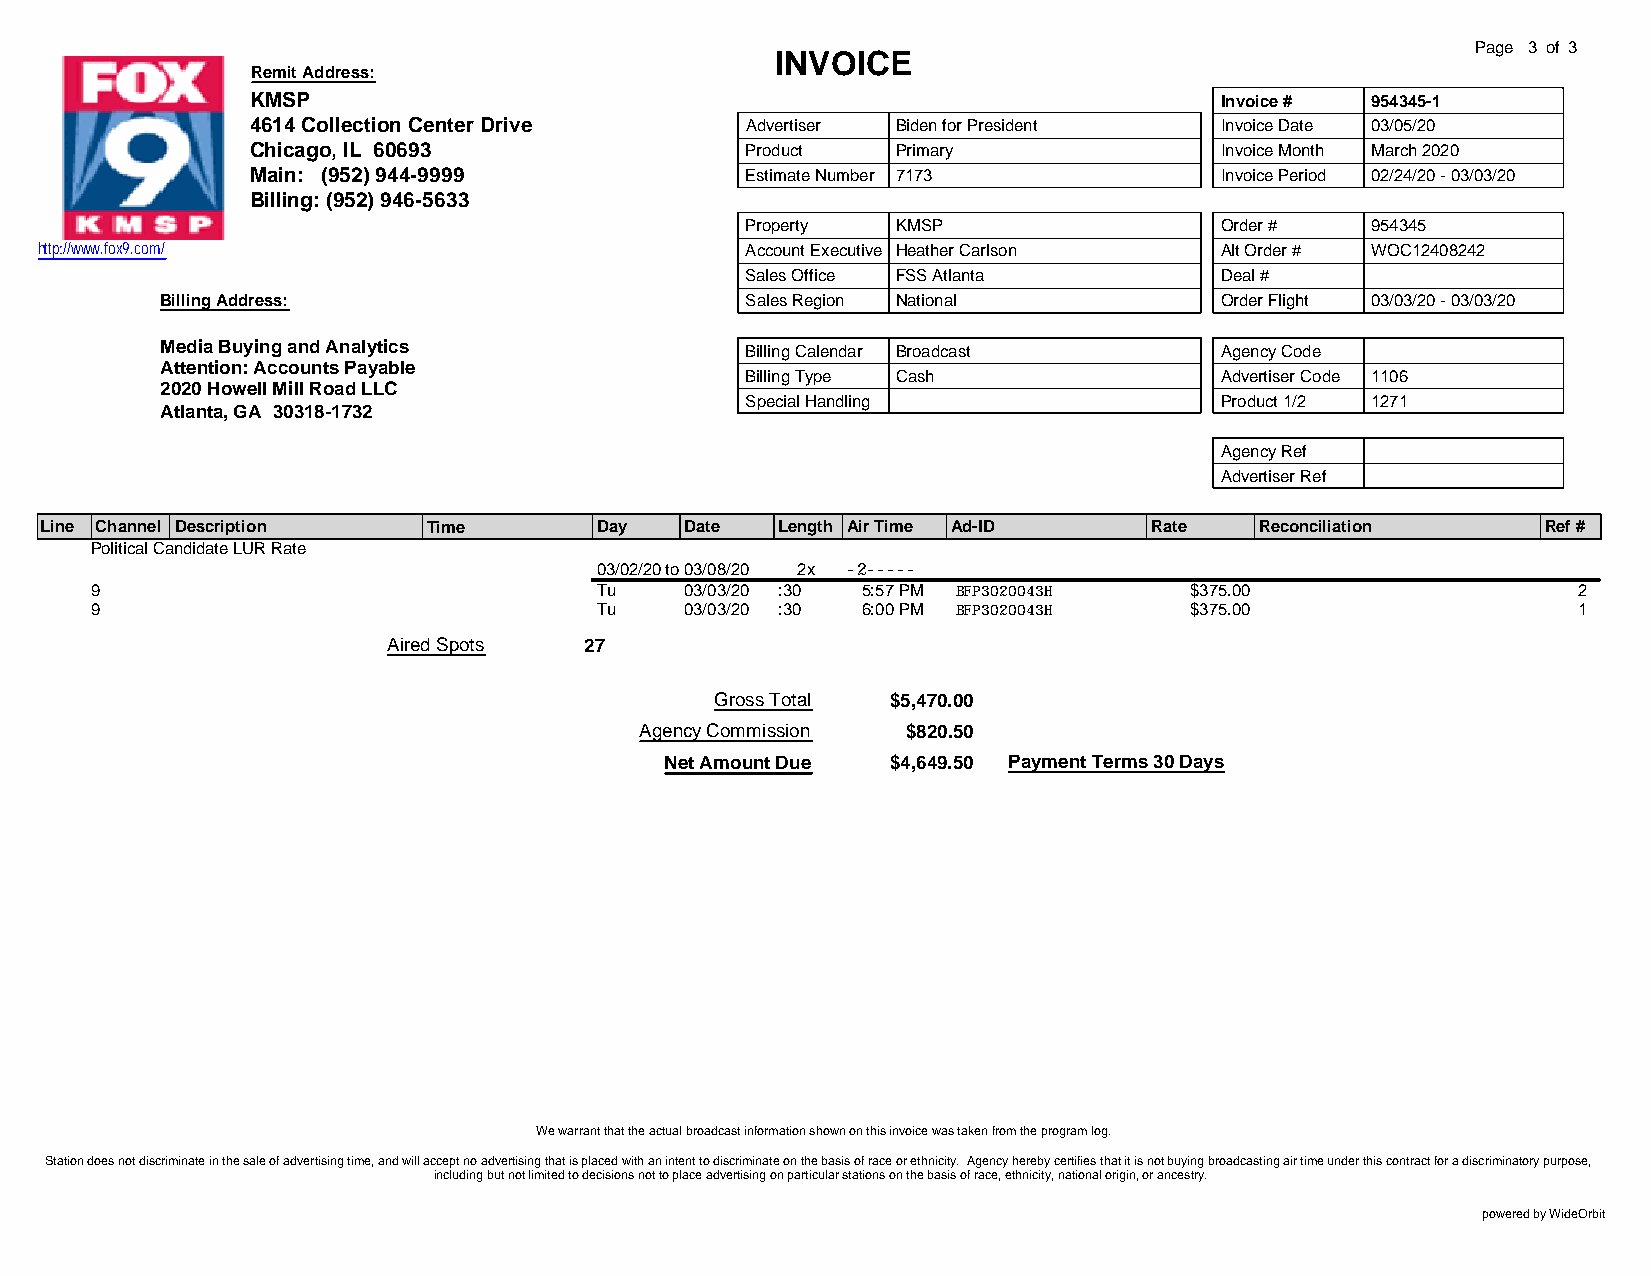
Page 3 of 3
 INVOICE
 Remit Address:
 KMSP                                                            Invoice # 954345-1
 4614 Collection Center Drive    Advertiser Biden for President  Invoice Date 03/05/20
 Chicago, IL 60693               Product   Primary               Invoice Month March 2020
 Main: (952) 944-9999            Estimate Number 7173            Invoice Period 02/24/20 - 03/03/20
 Billing: (952) 946-5633
 Property  KMSP                  Order #   954345
 http://www.fox9.com/                           Account Executive Heather Carlson Alt Order # WOC12408242
 Sales Office FSS Atlanta        Deal #
 Billing Address:                      Sales Region National           Order Flight 03/03/20 - 03/03/20
 Media Buying and Analytics            Billing Calendar Broadcast      Agency Code
 Attention: Accounts Payable
 Billing Type Cash               Advertiser Code 1106
 2020 Howell Mill Road LLC
 Special Handling                Product 1/2 1271
 Atlanta, GA 30318-1732
 Agency Ref
 Advertiser Ref
 Line Channel Description Time       Day   Date  Length Air Time Ad-ID    Rate   Reconciliation     Ref #
 Political Candidate LUR Rate
 03/02/20to03/08/20 2x -2-----
 9                                Tu    03/03/20 :30 5:57 PM BFP3020043H  $375.00                  2
 9                                Tu    03/03/20 :30 6:00 PM BFP3020043H  $375.00                  1
 Aired Spots  27
 Gross Total $5,470.00
 Agency Commission $820.50
 Net Amount Due $4,649.50 Payment Terms 30 Days
 We warrant that the actual broadcast information shown on this invoice was taken from the program log.
 Station does not discriminate in the sale of advertising time, and will accept no advertising that is placed with an intent to discriminate on the basis of race or ethnicity. Agency hereby certifies that it is not buying broadcasting air time under this contract for a discriminatory purpose,
 including but not limited to decisions not to place advertising on particular stations on the basis of race, ethnicity, national origin, or ancestry.
 powered by WideOrbit